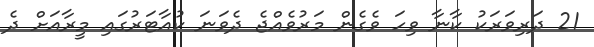
21 ދަރިވަރަކު ކާނާ ވިހަ ވެގެން މަރުވެއްޖެ ދެވަނަ ކުއާޓަރުގައި މީރާއަށް ދެ